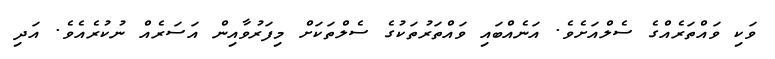
ވަކި ވައްތަރެއްގެ ސެލްއަށެވެ. އަނެއްބައި ވައްތަރުތަކުގެ ސެލްތަކަށް މިފަރުވާއިން އަސަރެއް ނުކުރެއެވެ. އަދި